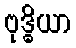
ဗုဒ္ဓိယာ